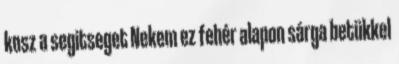
kosz a segitseget Nekem ez fehér alapon sárga betükkel